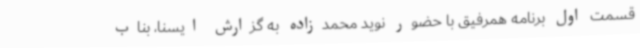
قسمت اول برنامه همرفیق با حضور نوید محمدزاده به گزارش ایسنا، بناب